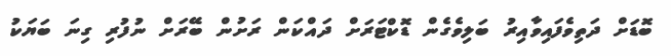
ބޮޑަށް ދަތިވެފައިވާއިރު ބަލިވެގެން ޑޮކްޓަރަށް ދައްކަން ރަށުން ބޭރަށް ނުފުރި ގިނަ ބަޔަކު